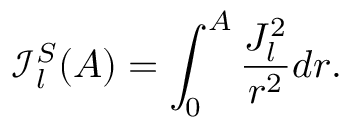
\mathcal { I } _ { l } ^ { S } ( A ) = \int _ { 0 } ^ { A } \frac { J _ { l } ^ { 2 } } { r ^ { 2 } } d r .